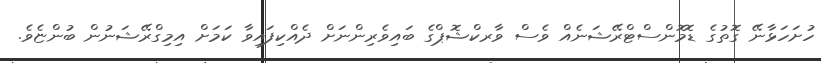
ހުށަހަޅާނޭ ގޮތުގެ ޑޮމޮންސްޓްރޭޝަނެއް ވެސް ވާރކްޝޮޕްގެ ބައިވެރިންނަށް ދެއްކިފައިވާ ކަމަށް އިމިގްރޭޝަނުން ބުންޏެވެ.